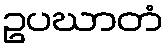
ဥပဃာတံ